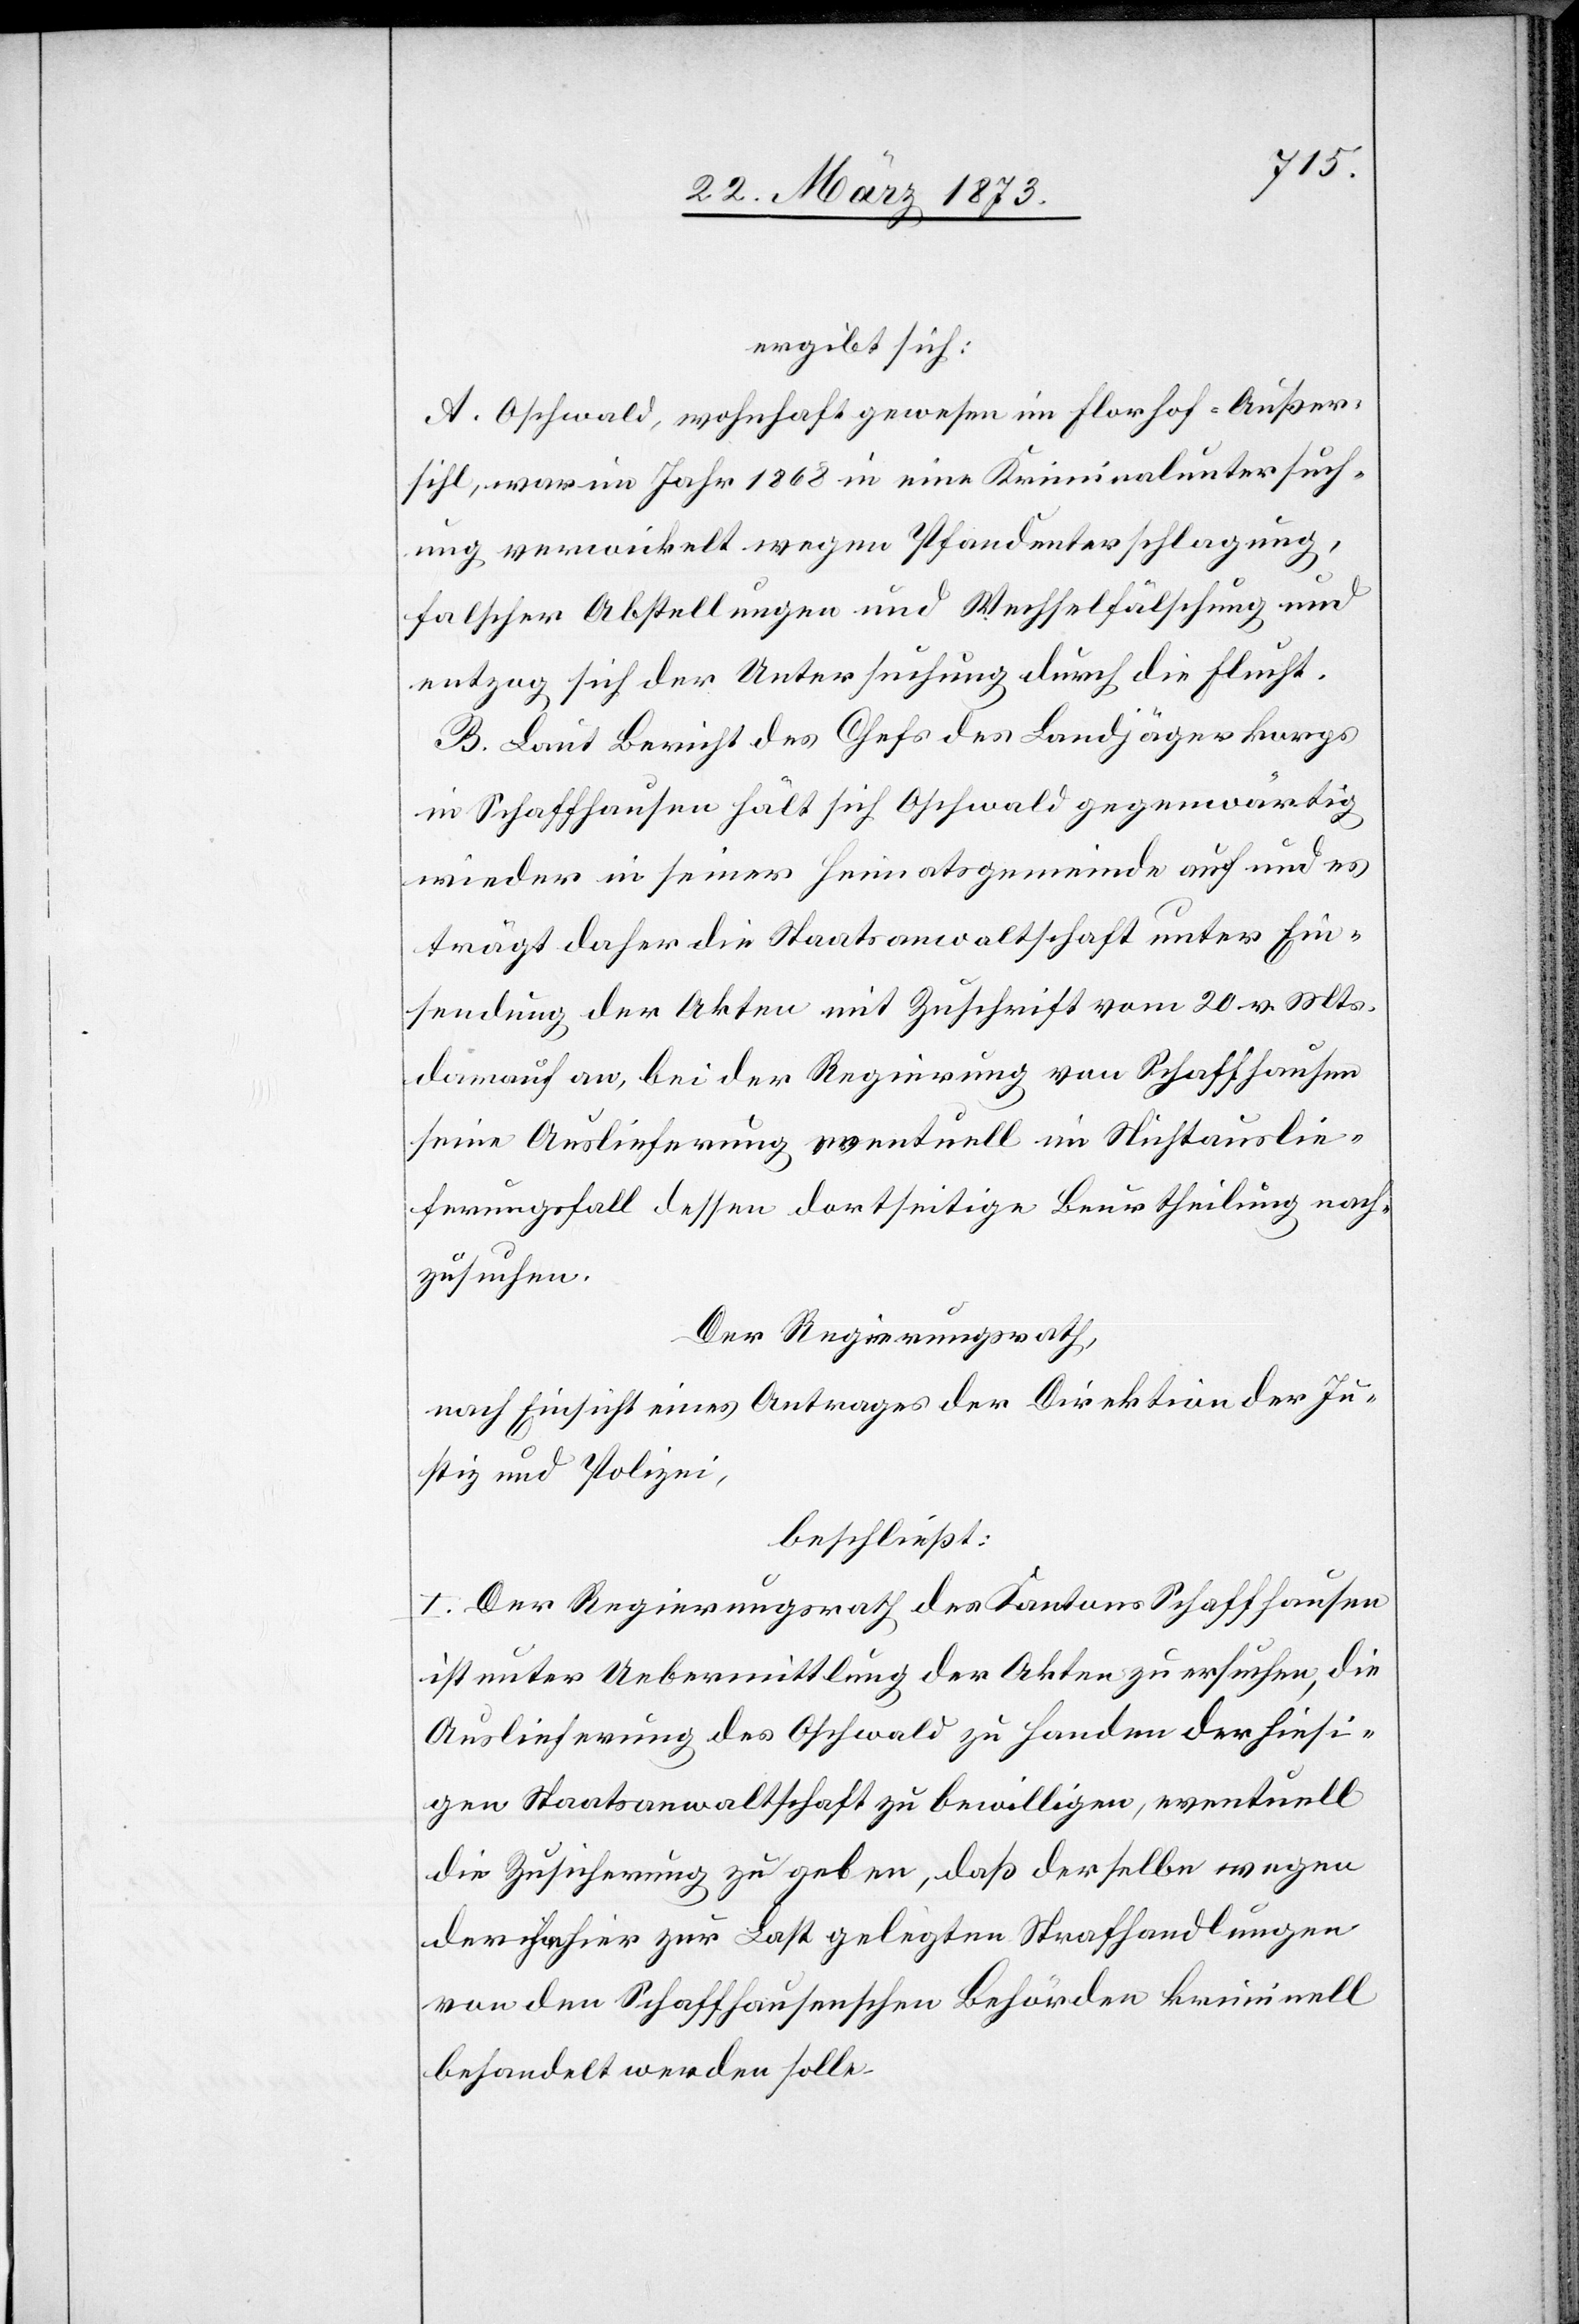
ergibt sich:
A. Oschwald, wohnhaft gewesen im Florhof-Außer¬
sihl, war im Jahr 1868 in eine Kriminaluntersuch¬
ung verwickelt wegen Pfandunterschlagung,
falscher Abstellungen und Wechselfälschung und
entzog sich der Untersuchung durch die Flucht.
B. Laut Bericht des Chefs des Landjägerkorps
in Schaffhausen hält sich Oschwald gegenwärtig
wieder in seiner Heimatsgemeinde auf und es
trägt daher die Staatsanwaltschaft unter Ein¬
sendung der Akten mit Zuschrift vom 20. v. Mts.
darauf an, bei der Regierung von Schaffhausen
seine Auslieferung eventuell im Nichtauslie¬
ferungsfall dessen dortseitige Beurtheilung nach¬
zusuchen.
Der Regierungsrath,
nach Einsicht eines Antrages der Direktion der Ju¬
stiz und Polizei,
beschließt:
I. Der Regierungsrath des Kantons Schaffhausen
ist unter Uebermittlung der Akten zu ersuchen, die
Auslieferung des Oschwald zu Handen der hiesi¬
gen Staatsanwaltschaft zu bewilligen, eventuell
die Zusicherung zu geben, daß derselbe wegen
der hier zu Last gelegten Strafhandlungen
von den Schaffhausenschen Behörden kriminell
behandelt werden solle.